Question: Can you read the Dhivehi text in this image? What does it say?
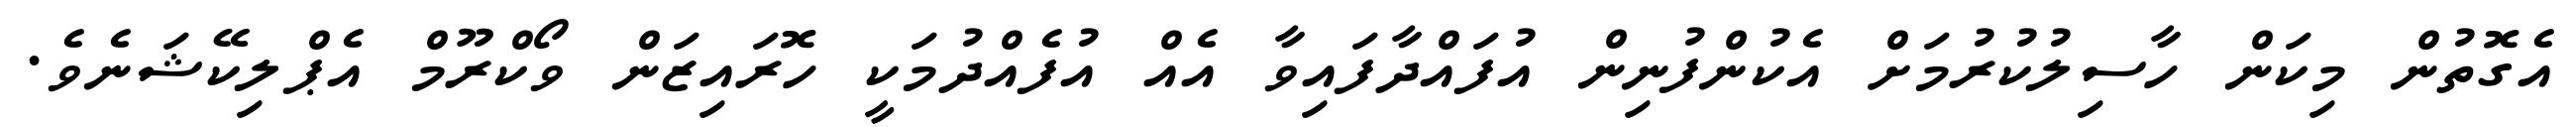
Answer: އެގޮތުން މިކަން ހާސިލުކުރުމަށް އެކުންފުނިން އުފައްދާފައިވާ އެއް އުފެއްދުމަކީ ހޮރައިޒަން ވޯކްރޫމް އެޕްލިކޭޝަނެވެ.